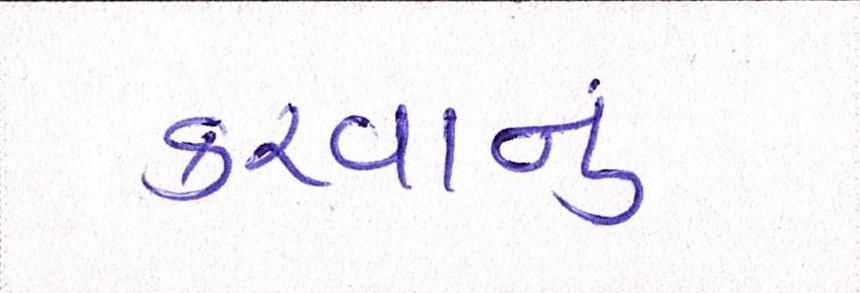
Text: કરવાનું